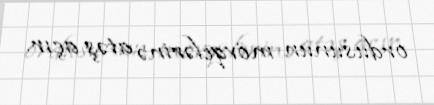
ordusunun mövqelərinə atəş açır.